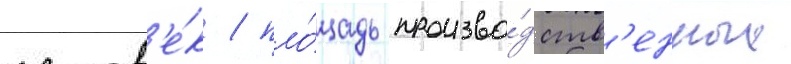
челов'е́к / пло́щадь произво́дств'енных